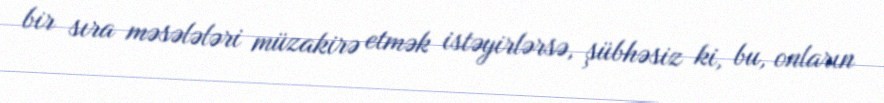
bir sıra məsələləri müzakirə etmək istəyirlərsə, şübhəsiz ki, bu, onların